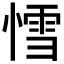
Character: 𰒅